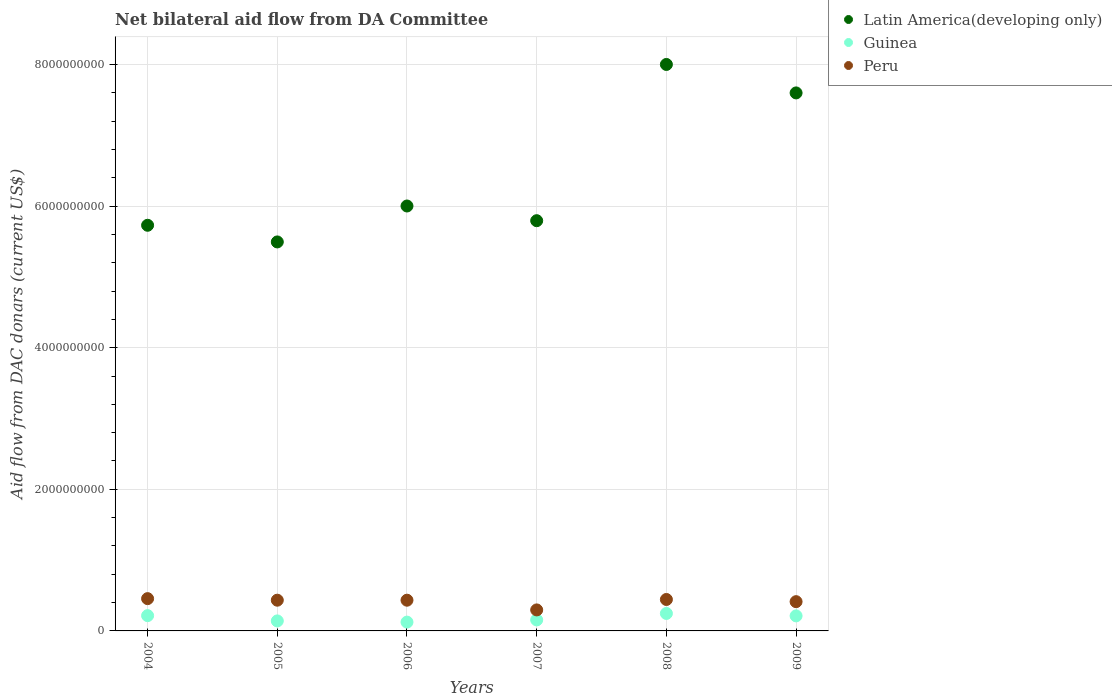
| Years | Latin America(developing only) | Guinea | Peru |
 | --- | --- | --- | --- |
 | 2004 | 5.73e+09 | 2.16e+08 | 4.56e+08 |
 | 2005 | 5.49e+09 | 1.41e+08 | 4.34e+08 |
 | 2006 | 6e+09 | 1.24e+08 | 4.34e+08 |
 | 2007 | 5.79e+09 | 1.56e+08 | 2.97e+08 |
 | 2008 | 8e+09 | 2.47e+08 | 4.44e+08 |
 | 2009 | 7.6e+09 | 2.12e+08 | 4.13e+08 |